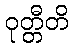
ဝုတ္တီတိ